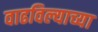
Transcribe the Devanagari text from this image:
वाढविल्याच्या